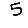
Digit: 5